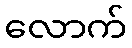
လောက်